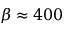
\beta \approx 4 0 0